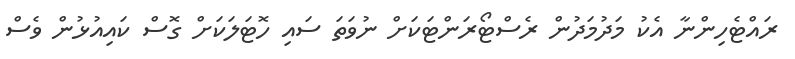
ރައްޓެހިންނާ އެކު މަދުމަދުން ރެސްޓޯރަންޓަކަށް ނުވަތަ ސައި ހޮޓަލަކަށް ގޮސް ކައިއުޅުން ވެސް